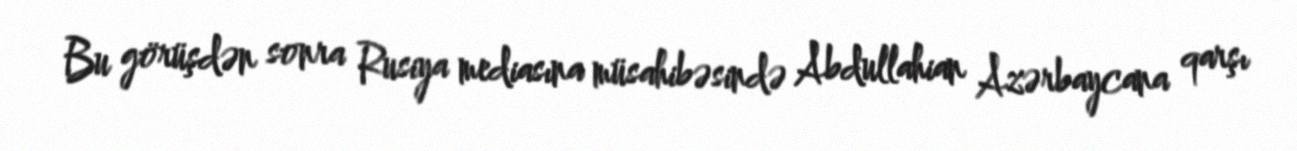
Bu görüşdən sonra Rusiya mediasına müsahibəsində Abdullahian Azərbaycana qarşı